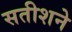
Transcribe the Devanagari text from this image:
सतीशने